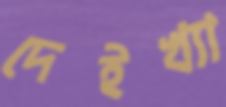
দেইখ্যা